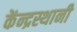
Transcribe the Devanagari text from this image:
केंन्द्रस्थानी